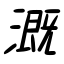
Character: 漑